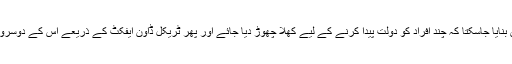
دولت کی تقسیم کو ایسے یقینی نہیں بنایا جاسکتا کہ چند افراد کو دولت پیدا کرنے کے لیے کھلا چھوڑ دیا جائے اور پھر ٹریکل ڈاون ایفکٹ کے ذریعے اس کے دوسروں تک پہنچنے کا انتظار کیا جائے۔